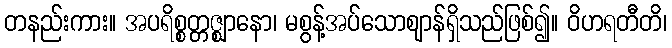
တနည်းကား။ အပရိစ္စတ္တဇ္ဈာနော၊ မစွန့်အပ်သောဈာန်ရှိသည်ဖြစ်၍။ ဝိဟရတီတိ၊